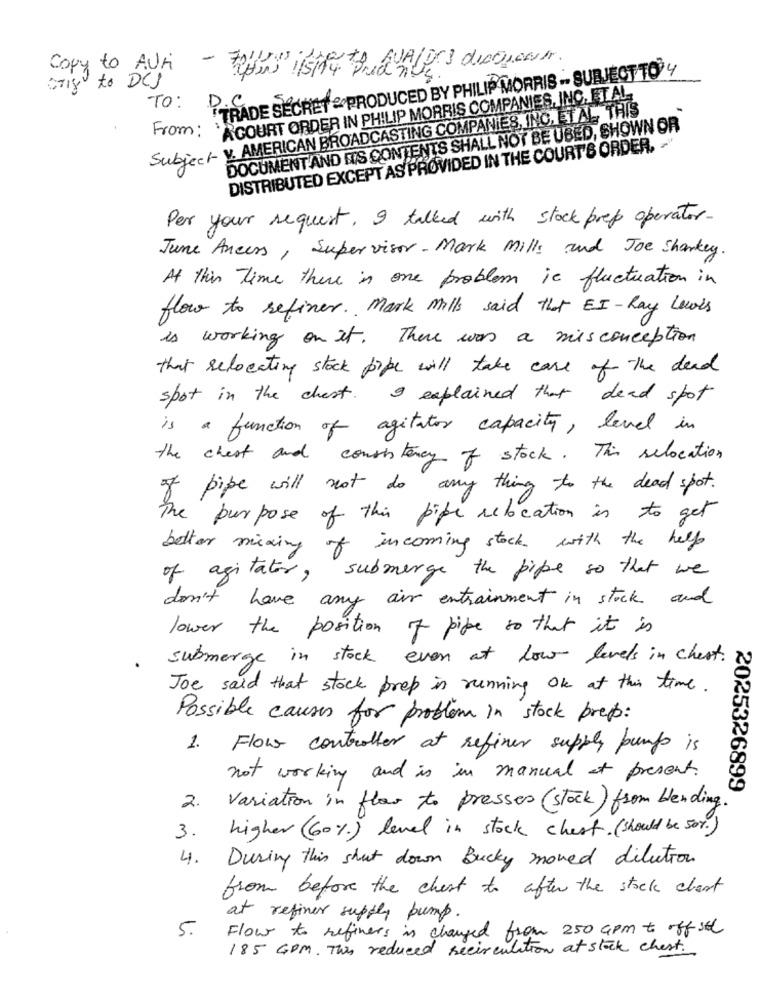
Copy to AUri
TRADE SECRET & PRODUCED BY PHILIP MORRIS - SUBJECT TO Y
oTry to DCS
ACOURT ORDER IN PHILIP MORRIS COMPANIES, INC, ET AL
TO:
V. AMERICAN BROADCASTING COMPANIES, INC. ETAL. THIS
From:
DOCUMENT AND ITS CONTENTS SHALL NOT BE USED, SHOWN OR
DISTRIBUTED EXCEPT AS PROVIDED IN THE COURT'S ORDER, -
Subject
Per your request, I talked with stock prepp operator.
June Ancers, Supervisor- Mark Mills and Joe Sharkey.
At this time there is one problem is fluctuation in
flow to refiner. Mark mills said that EI -Ray Lewis
is working on it. There was a misconception
that relocating stock pope will take care of the dead
spot in the chest. I explained that dead spot
is a function of agitator capacity, level in
the chest and consistency of stock. This relocation
of pipe will not do any thing to the dead spot.
The purpose of this pipe relocation is to get
better mixing of incoming stock with the help
of agitator, submerge the pipe so that we
don't have any air entrainment in stock and
lower the position of pipe to that it is
submerge in stock even at low levels in chest.
Joe said that stock prep in running On at this time.
Possible causes for problem in stock prep:
1.
Flow controller at refiner supply pump is
not working and is in manual at present.
2025326899
2.
Variation in flow to presses (stock) from blending.
higher (60%) level in stock chest. (should be 50%)
3.
4.
During this shut down Bucky moved dilution
from before the chest to after the stock chart
at refiner supply pump.
5.
Flow to refiners is changed from 250 Gpm to offset
185 GPM. This reduced recirculation at stock chest.